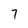
Character: 7